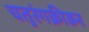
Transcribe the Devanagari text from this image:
चतुरंगक्रीड़न